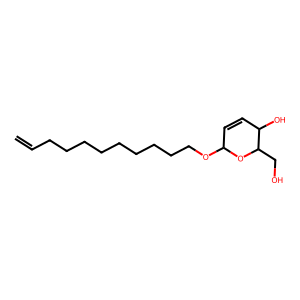
SMILES: C=CCCCCCCCCCOC1C=CC(O)C(CO)O1
Inhibits HIV replication: No